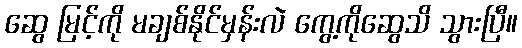
ဆွေ မြင့်ကို မချစ်နိုင်မှန်းလဲ ကွေ့ကိုဆွေသိ သွားပြီ။